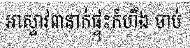
អាស្ទាវ៣នាក់ផ្ទុះកំហឹង ចាប់